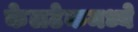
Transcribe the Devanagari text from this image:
केलटेकमध्ये